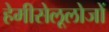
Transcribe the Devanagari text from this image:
हेमीसेलूलोजों